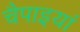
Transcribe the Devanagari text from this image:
चैपाइयां